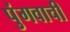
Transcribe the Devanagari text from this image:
पुंगवाची